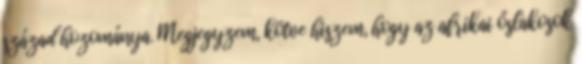
század hozománya. Megjegyzem, kötve hiszem, hogy az afrikai őslakosok